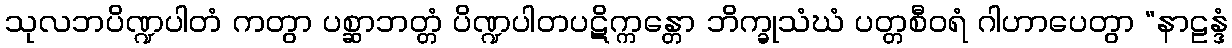
သုလဘပိဏ္ဍပါတံ ကတွာ ပစ္ဆာဘတ္တံ ပိဏ္ဍပါတပဋိက္ကန္တော ဘိက္ခုသံဃံ ပတ္တစီဝရံ ဂါဟာပေတွာ “နာဠန္ဒံ